Vaccine operations Central Provinces & Berar 1912-1920 - 1912-1920
Year: 1912
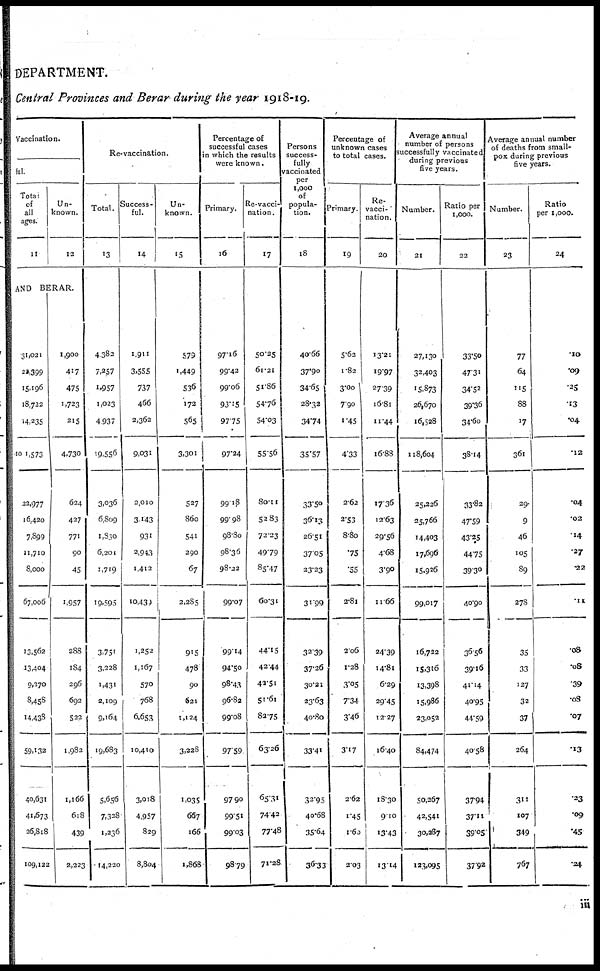
DEPARTMENT.
Central Provinces and Berar during the year 1918-19.
Vaccination.
ful.
Total
of
all
ages.
11
Un-
known.
12
AND
BERAR
31,021
22,399
15,196
18,722
14,235
101,573
22,977
16,420
7,899
11,710
8,000
67,006
13,562
13,404
9,270
8,458
14,438
59,132
40,631
41,673
26,818
109,122
1,900
417
475
1,723
215
4,730
624
427
771
90
45
1,957
288
184
296
692
522
1,982
1,166
618
439
2,223
Re-vaccination.
Total.
13
4,382
7,257
1,957
1,023
4,937
19,556
3,036
6,809
1,850
6,201
1,719
19,595
3,731
3,228
1,431
2,109
9,164
19,683
5,656
7,328
1,236
14,220
Success-
ful.
14
1,911
3,555
737
466
2,362
9,031
2,010
3,143
931
2,943
1,412
10,439
1,252
1,167
570
768
6,653
10,410
3,018
4,957
829
8,804
Un-
known.
15
579
1,449
536
172
565
3,301
527
860
541
290
67
2,285
915
478
90
621
1,124
3,228
1,035
667
166
1,868
Percentage of
successful cases
in which the results
were known.
Primary.
16
97.16
99.42
99.06
93.15
97.75
97.24
99.18
99.98
98.80
98.36
98.22
99.07
99.14
94.50
98.43
96.82
99.08
97.59
97.90
99.51
99.10
98.79
Re-vacci-
nation.
17
50.25
61.21
51.86
54.76
54.03
55.56
80.11
52.83
72.23
49.79
85.47
60.31
44.15
42.44
42.51
51.61
82.75
63.26
65.31
74.42
77.48
71.28
Persons
success-
fully
vaccinated
per
1,000
popula-
tion.
18
40.66
37.90
34.65
28.32
34.74
35.57
33.5o
36.13
26.51
37.05
23.23
31.99
32.39
37.26
30.21
23.63
40.80
33.41
32.95
40.68
35.64
36.33
Percentage of
unknown cases
to total cases.
Primary.
19
5.62
1.82
3.00
7.90
1.45
4.33
2.62
2.53
8.80
.75
.55
2.81
2.06
1.28
3.05
7.34
3.46
3.17
2.62
1.45
1.68
2.03
Re-
vacci-
nation.
20
13.21
19.97
27.39
16.81
11.44
16.88
17.36
12.63
29.56
4.68
3.90
11.66
24.39
14.81
6.29
29.45
12.27
16.40
18.30
9.10
13.43
13.14
Average annual
number of persons
successfully vaccinated
during previous
five years.
Number.
21
27,130
32,403
15,873
26,670
16,528
118,604
25,226
25,766
14,403
17,696
15.926
99,017
16,722
15,316
13,398
15,986
23,052
84,474
50,267
42,541
30,287
123,095
Ratio per
1,000.
22
33.50
47.31
34.52
39.36
34.60
38.14
33.82
47.59
43.25
44.75
39.30
40.90
36.56
39.16
41.14
40.95
44.59
40.58
37.94
37.11
39.05
37.92
Average annual number
of deaths from small-
pox during previous
five years.
Number.
23
77
64
115
88
17
361
29.
9
46
105
89
278
35
33
127
32
37
264
311
107
349
767
Ratio
per 1,000.
24
.10
.09
.25
.13
.04
.12
.04
.02
.14
.27
.22
.11
.08
.08
.39
.08
.07
.13
.23
.09
.45
.24
iii